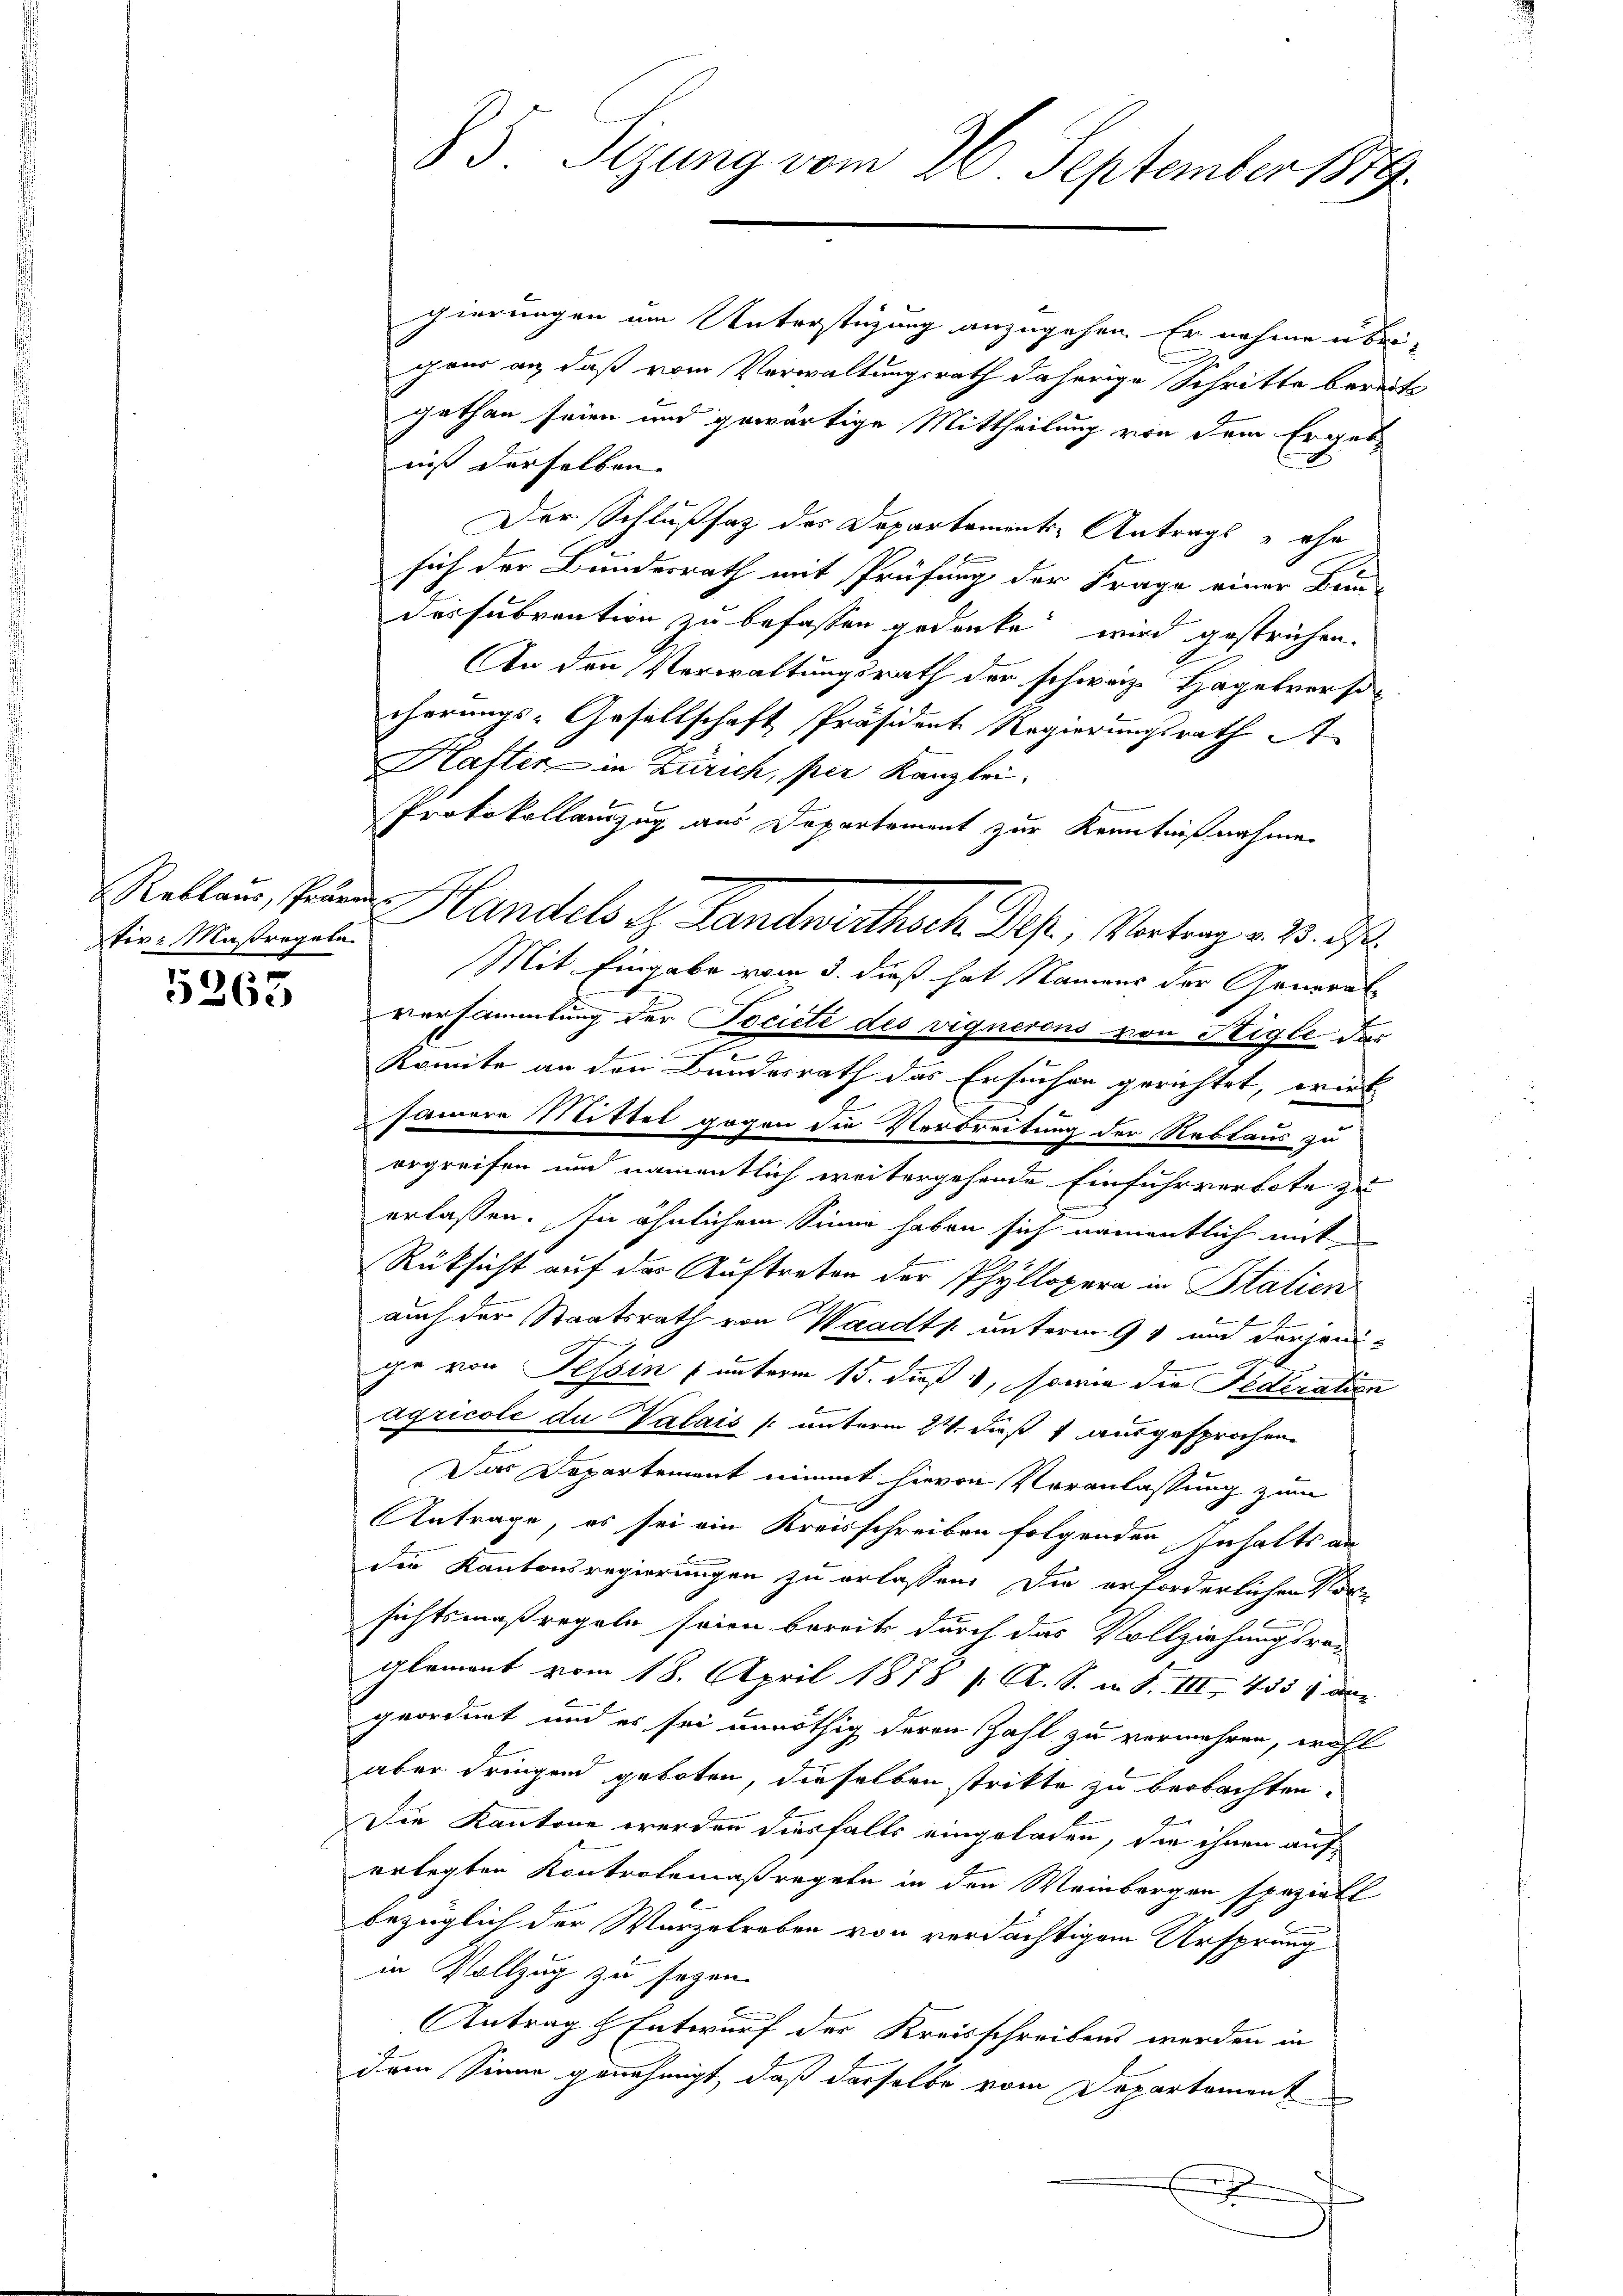
tir- Maßregeln.

5365

85. Sizung vom 26. September 1879.

gierungen um Unterstüzung anzugehen. Er nahme u bei-
gaer an, daß vom Verwaltungsrath daherige Schritte bereit
gethan seien und gewärtige Mittheilung von dem Ergebniß derselben. |
Der Schlußsatz des Departaments-Antrags ohn
sich der Bundesrath mit Prüfung der Frage einer Bundessubvention zu befassen gedenke wird gestrichen.
An den Verwaltungsrath der schweiz. Hagelverstr
cherungs-Gesellschaft Präsident Regierungsrath A
Hafter in Zürich, per Kanzlei-
Protokollauszug aus Departement zur Kenntnißnahme
Mit Eingabe vom 3. dieß hat Namens der Generalversammlung der Tociete des vignerons von Stigle das
Komite an den Bundesrath das Ersuchen gerichtet, wirk
samere Mittel gegen die Verbreitung der Reblaus zu
ergreifen und namentlich weitergehende Einfuhrverbote zu
.
erlassen. In ähnlichem Sinne haben sich namentlich mit
Rüksicht auf der Auftreten der Phyllopera in Statien
auch der Staatsrath von Waadt unterm 9 t und derjenin
ge von Tessin f unterm 15. dieß 1, sowie die Federation
agricole du Valais /: unterm 24. daß 1 ausgesprochen
Das Departement nimmt hievon Veranlassung zum
Antrage, es sei ein Kreisschreiben folgenden Inhalts an
der Kantonsregierungen zu erlassen. Die erforderlichen Vor-
sichtsmaßregeln seien bereits durch das Vollziehungsraglement vom 18. April 1878 / A. S. i S. III, 4331 ane
geordnet und es sei unnöthig deren Zahl zu vermehren, wohl
aber dringend geboten, dieselben strikte zu beobachten.
Die Kantone werden diesfalls eingeladen, die ihnen auferlegten Kontrolemaßregeln in den Weinbergen speziell
bezüglich der Wurzelreben von verdächtigem Ursprung
in Vollzug zu seyen.
Antrag & Entwurf der Kreisschreibens werden in
dem Sinne genehmigt, daß derselbe vom Departement
s

Rellen, Par Handels z. Landwirthsch. Des, Vortrag v. 23. d.